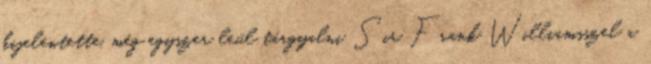
kijelentette, még egyszer leül tárgyalni Sir Frank Williamsszel a